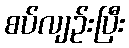
စပ်လျဉ်းပြီး